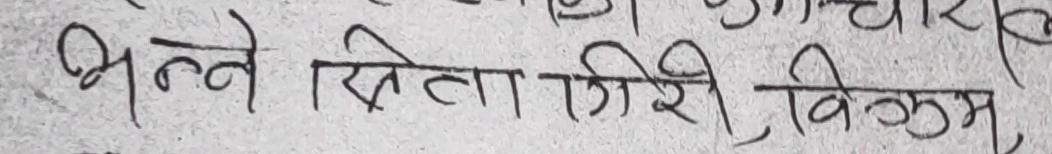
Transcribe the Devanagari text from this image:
भल्ले सिता गिरी विक्रम,